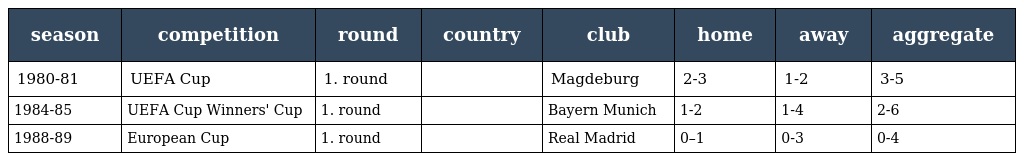
| season | competition | round | country | club | home | away | aggregate |
 | --- | --- | --- | --- | --- | --- | --- | --- |
 | 1980-81 | UEFA Cup | 1. round |  | Magdeburg | 2-3 | 1-2 | 3-5 |
 | 1984-85 | UEFA Cup Winners' Cup | 1. round |  | Bayern Munich | 1-2 | 1-4 | 2-6 |
 | 1988-89 | European Cup | 1. round |  | Real Madrid | 0–1 | 0-3 | 0-4 |